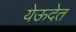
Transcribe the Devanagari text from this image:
येऊदेत